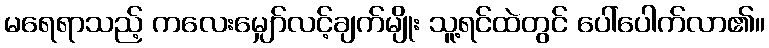
မရေရာသည့် ကလေးမျှော်လင့်ချက်မျိုး သူ့ရင်ထဲတွင် ပေါ်ပေါက်လာ၏။